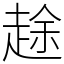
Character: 䞮